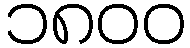
၁၈၀၀